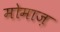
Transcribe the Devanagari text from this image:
मोमाज़